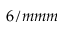
6 / m m m